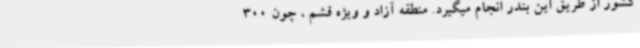
کشور از طریق این بندر انجام میگیرد. منطقه آزاد و ویژه قشم ، چون 300